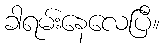
ခါရမ်းနေလေပြီ။